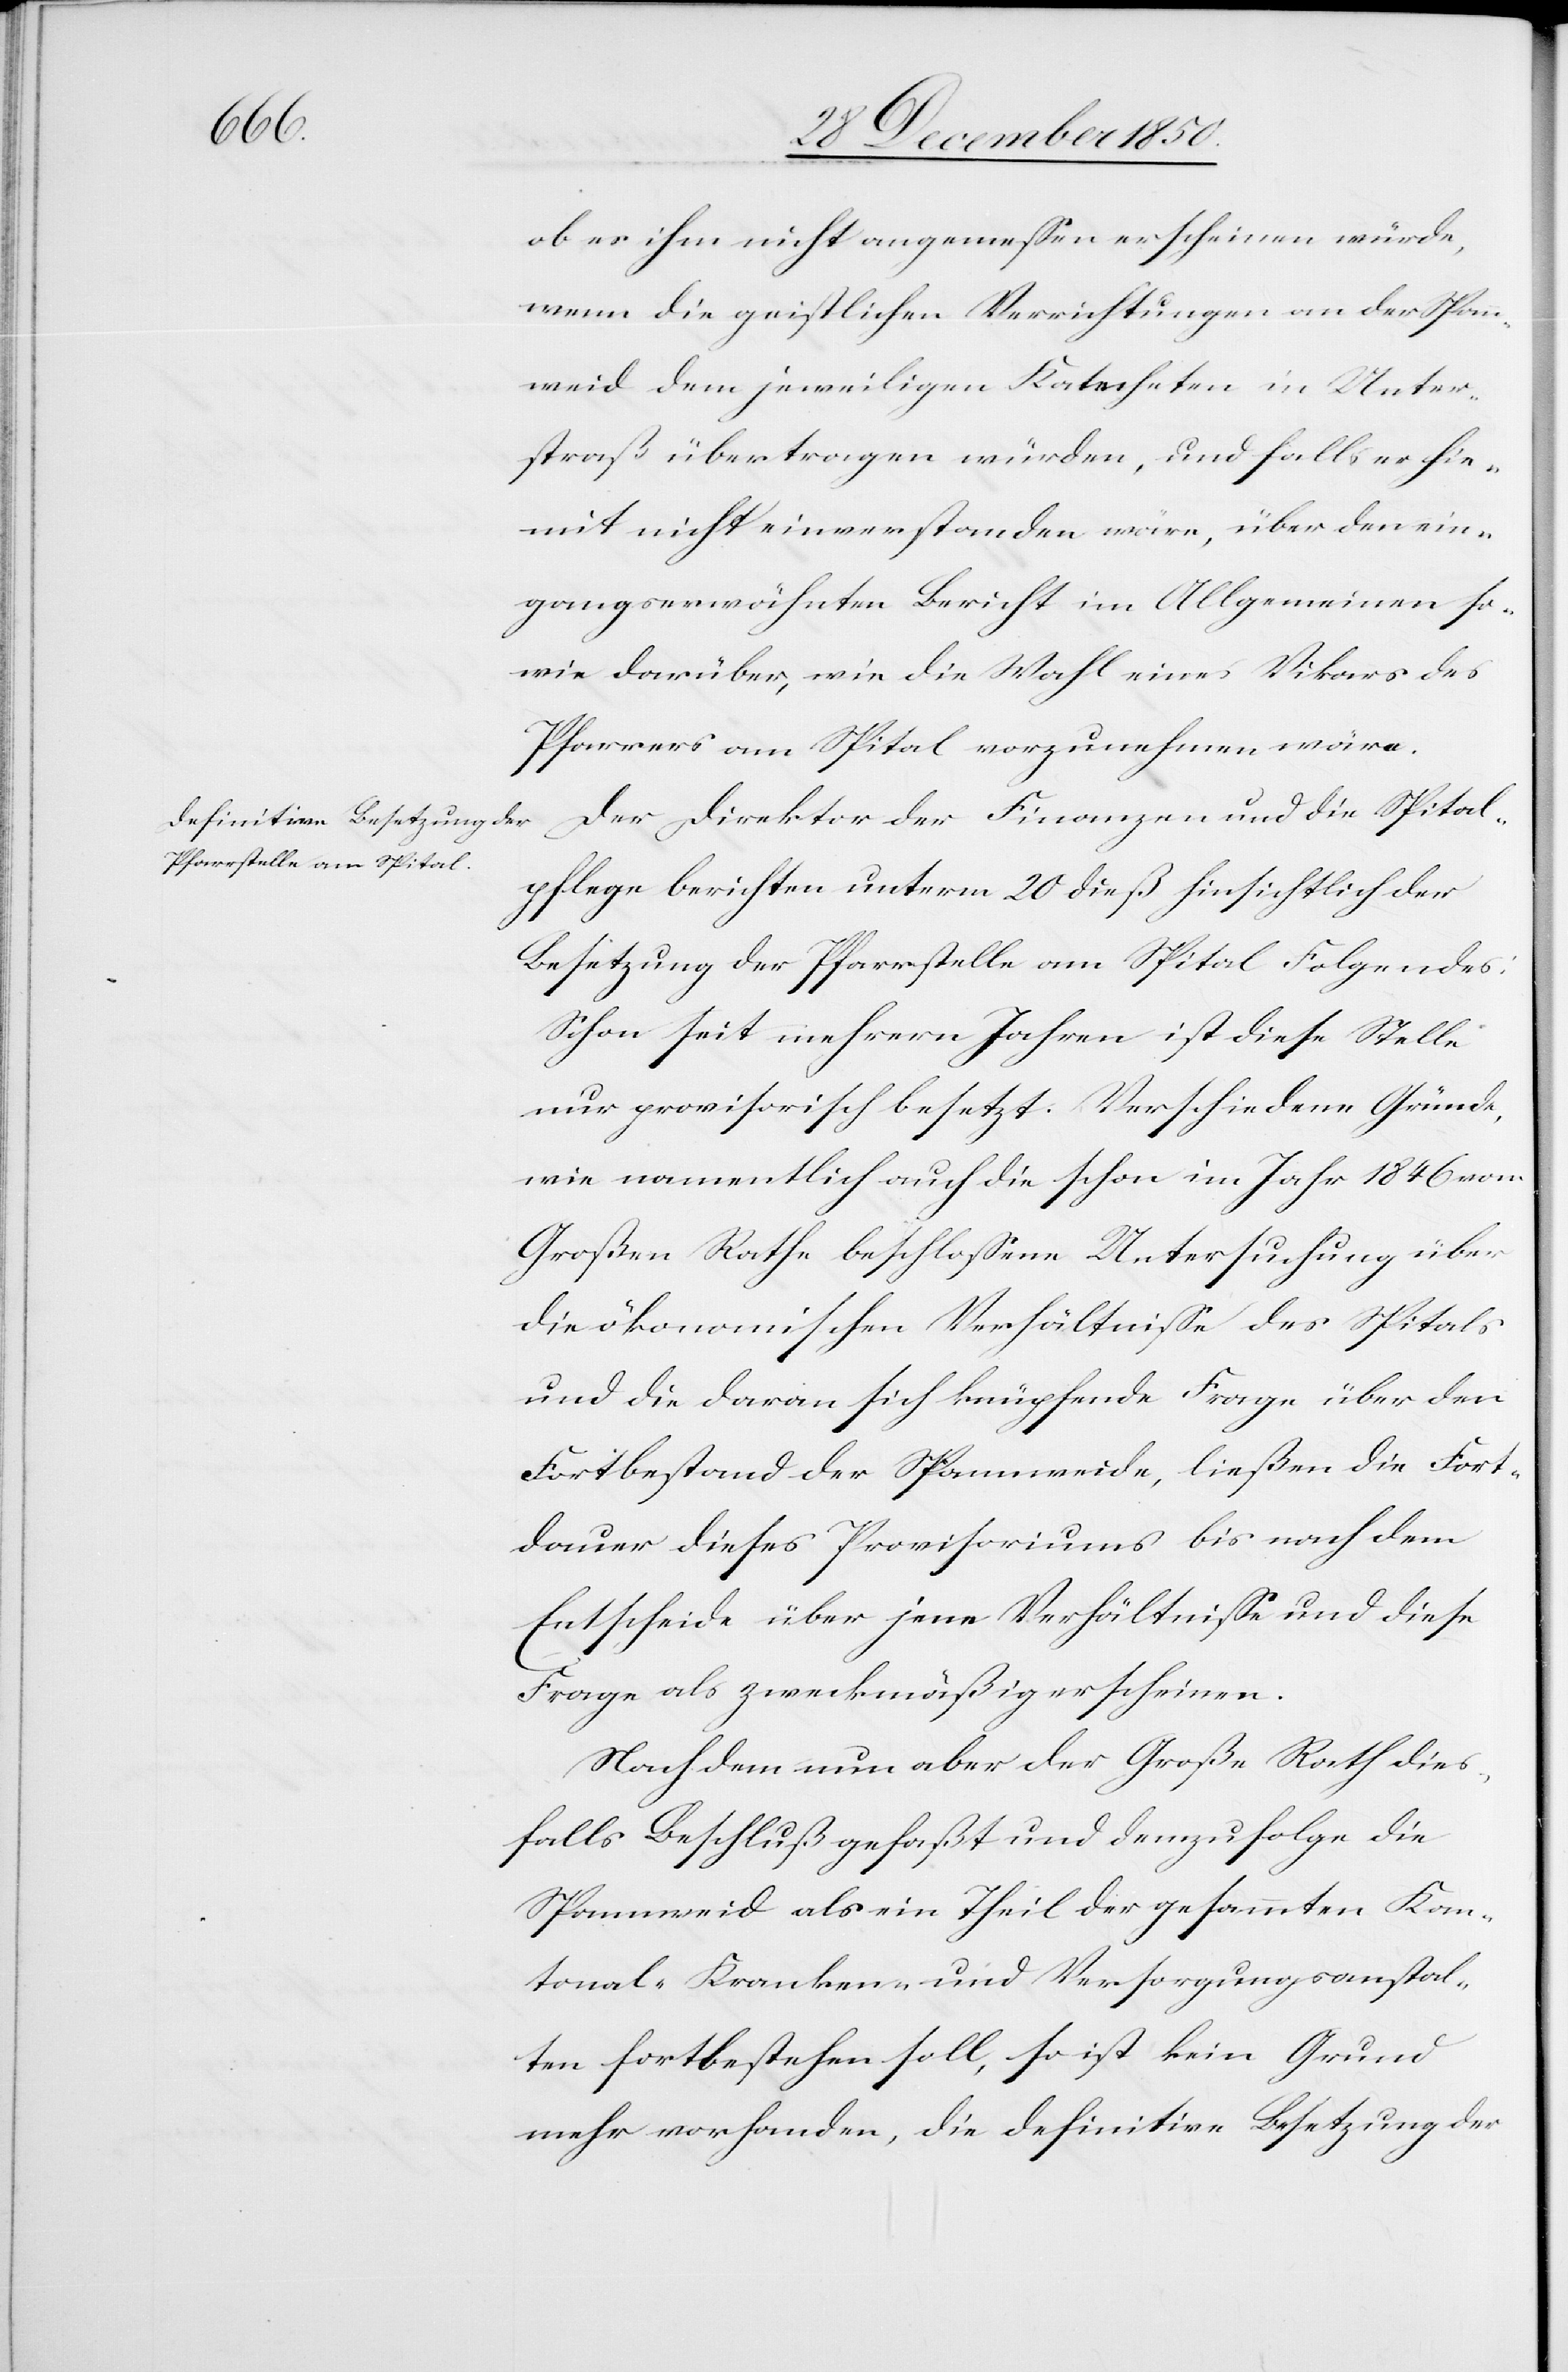
Spital¬
ob es ihm nicht angemessen erscheinen würde,
wenn die geistlichen Verrichtungen an der Spann¬
weid dem jeweiligen Katecheten in Unter¬
straß übertragen würden, und falls er hie¬
mit nicht einverstanden wäre, über den ein¬
gangserwähnten Bericht im Allgemeinen so¬
wie darüber, wie die Wahl eines Vikars des
Pfarrers am Spital vorzunehmen wäre
pflege berichten unterm 20 dieß hinsichtlich der
Besetzung der Pfarrstelle am Spital Folgendes:
Schon seit mehrern Jahren ist diese Stelle
nur provisorisch besetzt. Verschiedene Gründe,
wie namentlich auch die schon im Jahr 1846 vom
Großen Rathe beschlossene Untersuchung über
die ökonomischen Verhältnisse des Spitals
und die daran sich knüpfende Frage über den
Fortbestand der Spannweide, ließen die Fort¬
dauer dieses Provisoriums bis nach dem
Entscheide über jene Verhältnisse und diese
Frage als zweckmäßig erscheinen.
Nachdem nun aber der Große Rath dies¬
falls Beschluß gefaßt und demzufolge die
Spannweid als ein Theil der gesammten Kan¬
tonal-Kranken- und Versorgungsanstal¬
ten fortbestehen soll, so ist kein Grund
mehr vorhanden, die definitive Besetzung der